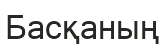
Басқаның